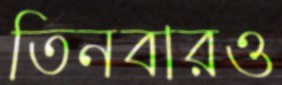
তিনবারও